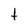
Character: t